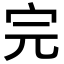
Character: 完